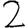
Digit: 2